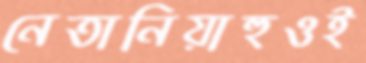
নেতানিয়াহুওই